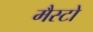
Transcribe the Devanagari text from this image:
मैस्टो